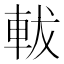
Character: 軷